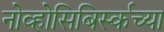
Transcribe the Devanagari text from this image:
नोव्होसिबिर्स्कच्या